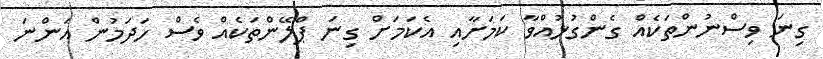
ގިނަ ވިސްނުންތަކެއް ގެންގުޅުއްވާ ކަމަށާއި އެކަމަށް ގިނަ ޕްލޭންތަކެއް ވެސް ހަދަމުން އަންނަ